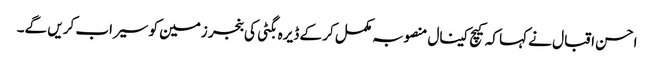
احسن اقبال نے کہا کہ کیچ کینال منصوبہ مکمل کر کے ڈیرہ بگٹی کی بنجر زمین کو سیراب کریں گے۔